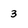
Character: 3